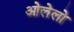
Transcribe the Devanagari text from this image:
ओलेलो